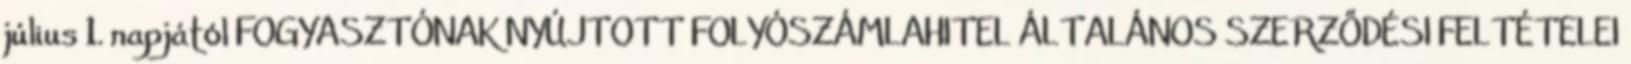
július 1. napjától FOGYASZTÓNAK NYÚJTOTT FOLYÓSZÁMLAHITEL ÁLTALÁNOS SZERZŐDÉSI FELTÉTELEI